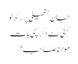
جان ہتھیلی پر رکھ لو
کہنی ہے اگر سچی بات
مولانا صاحب !